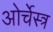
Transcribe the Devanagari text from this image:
ओर्चेस्त्र